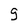
Character: 9